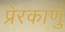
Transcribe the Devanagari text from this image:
प्रेरकाणु